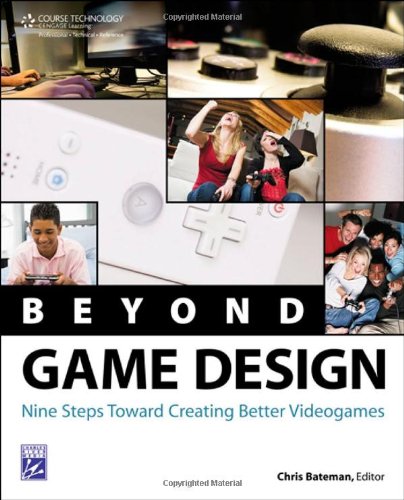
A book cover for Beyond Game Design: Nine Steps Towards Creating Better Videogames; Chris Bateman; Computers & Technology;